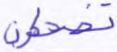
تضحكون